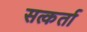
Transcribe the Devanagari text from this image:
सत्कर्ता